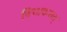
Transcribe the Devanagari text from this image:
विचाकशत्